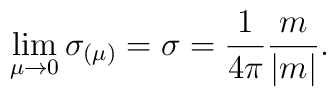
\lim_{\mu \to 0}\sigma_{(\mu)} = \sigma=\frac{1}{4\pi}\frac{m}{|m|}.